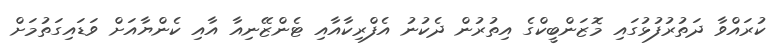
ކުރައްވާ ދަތުރުފުޅުގައި މޮޒަންބީކްގެ އިތުރުން ދެކުނު އެފްރިކާއާއި ޓެންޒޭނިއާ އާއި ކެންޔާއަށް ވަޑައިގަތުމަށް